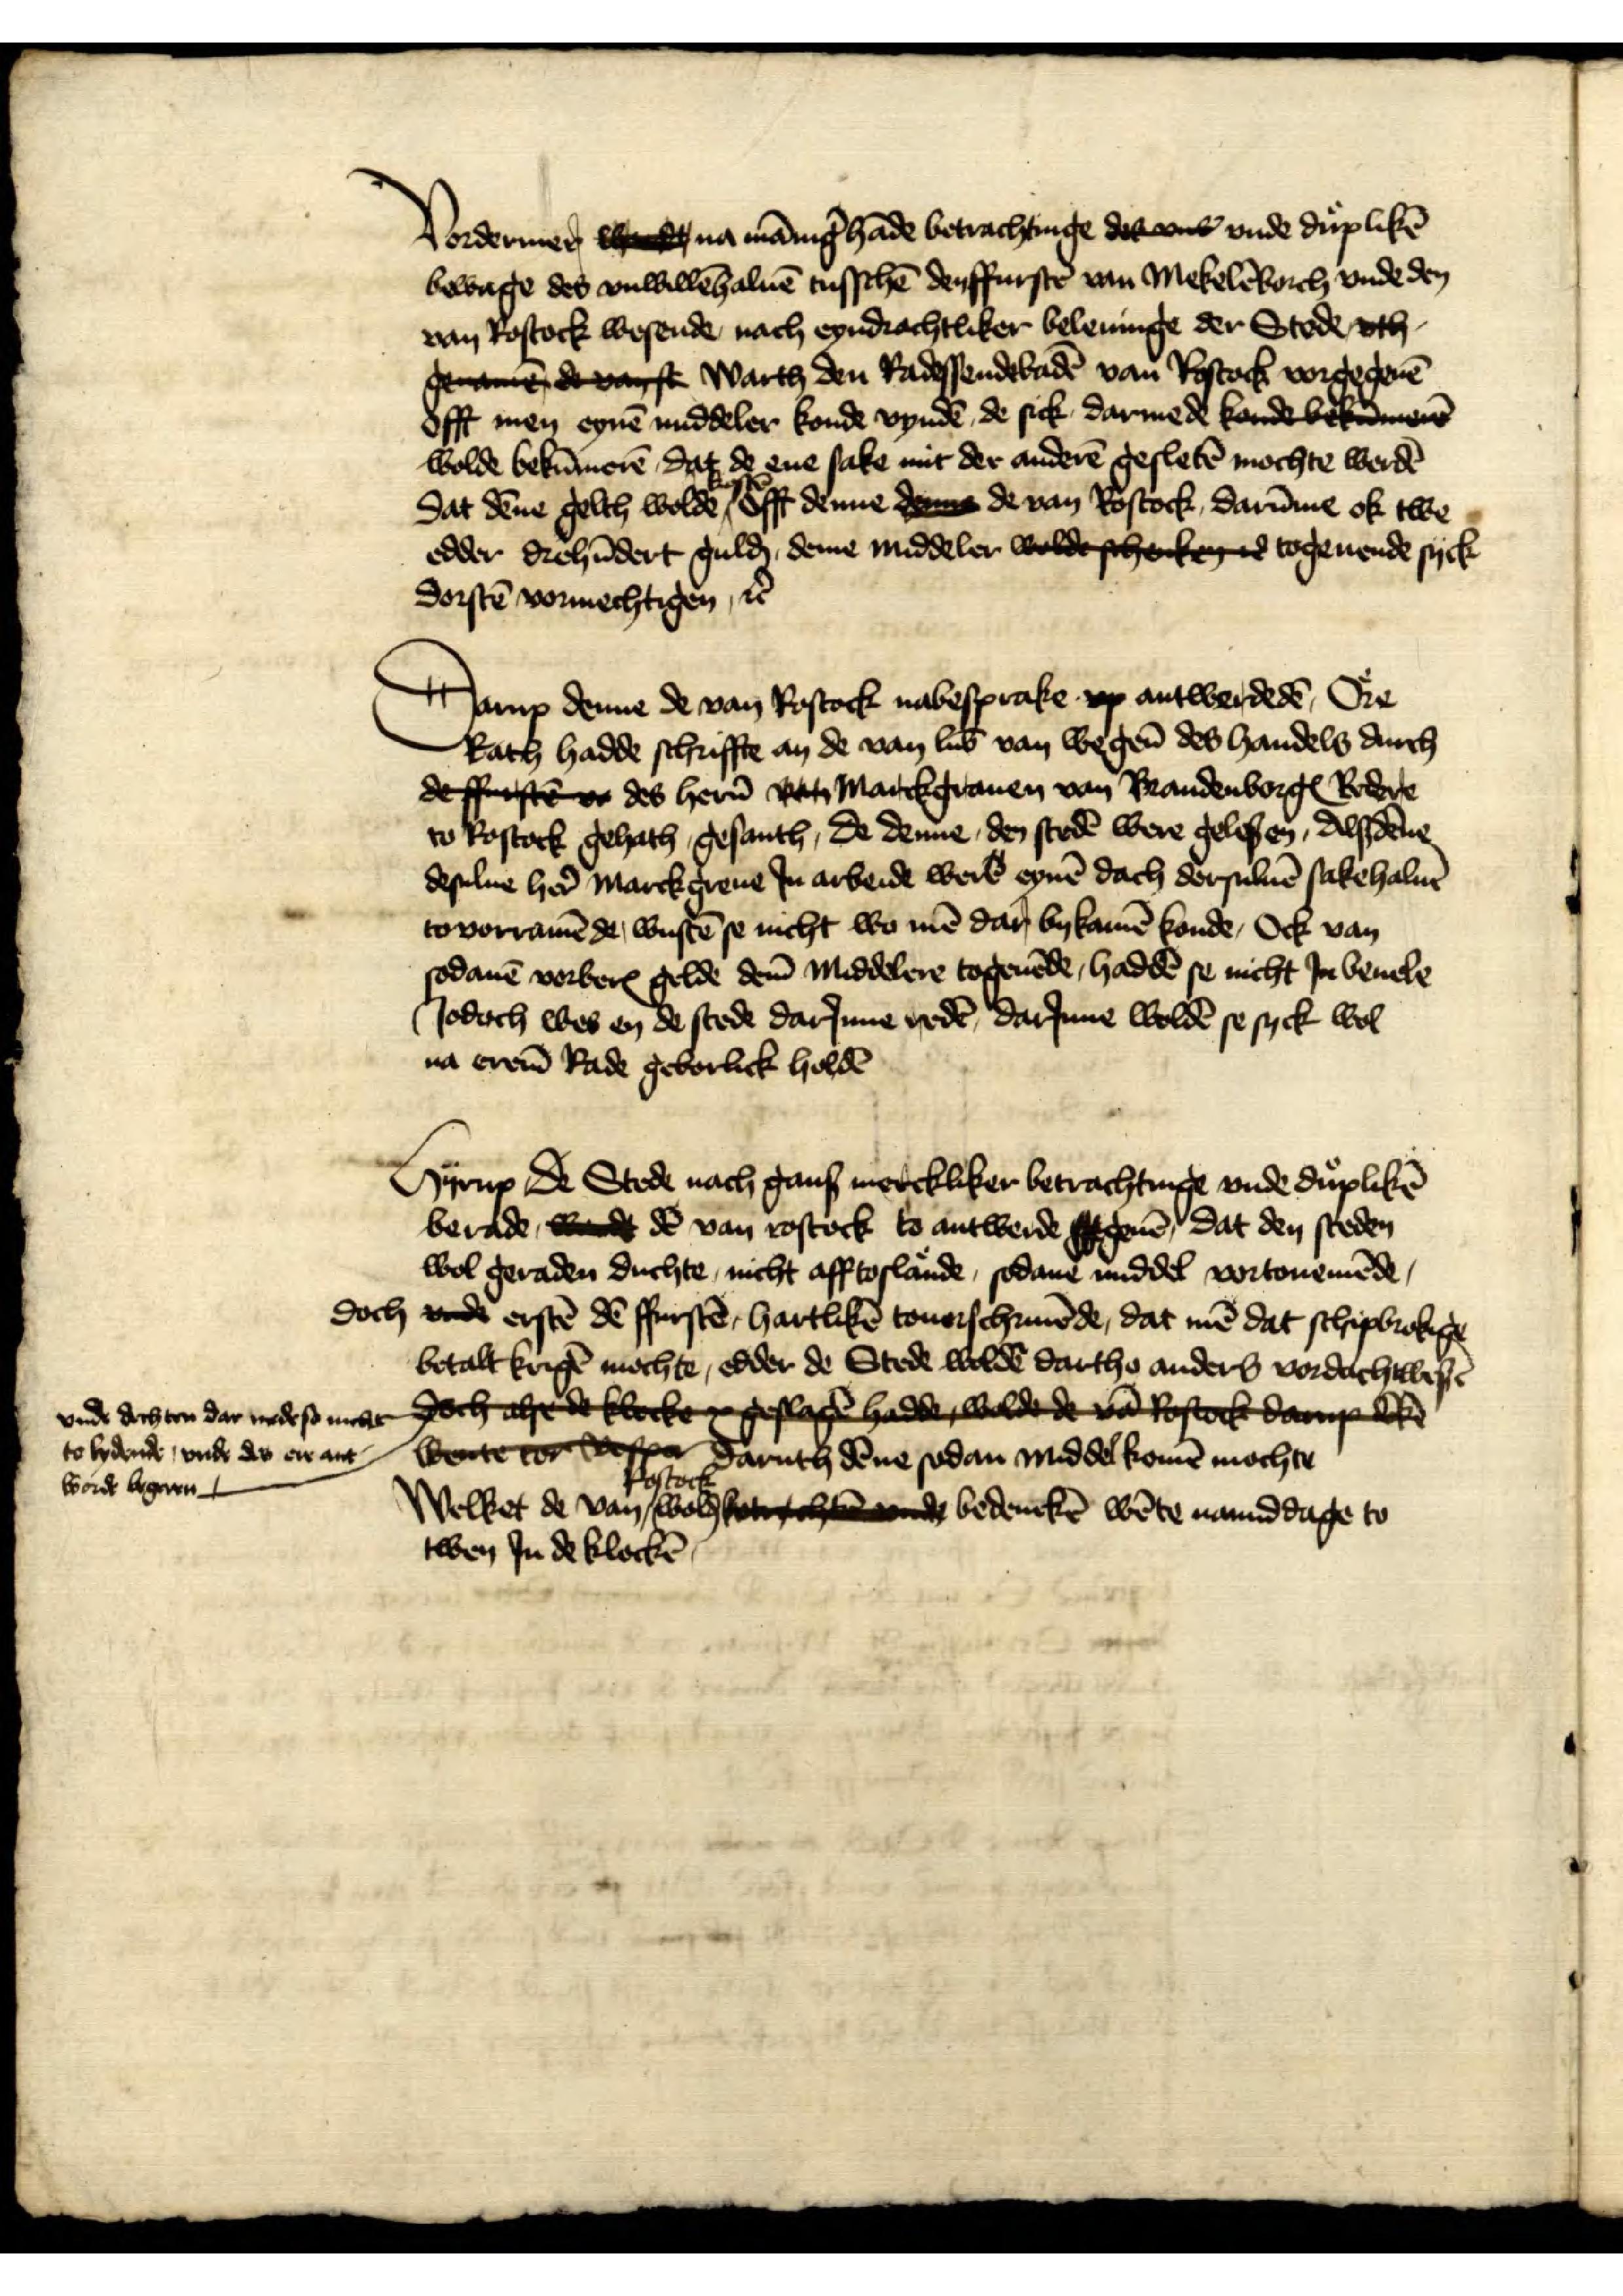
Vordermer wardt na mānig̉hāde betrachtinge dek  vnde  vnde duplikē
bewage des vnwillēhaluē tusschē den ffurstē van Mekelēborch vnde den
van Rostock wesende, nach eyndrachtliker beleringe der Stede vth
dee deuft Warth den Radessendebadē van Rostock vorgegeuē
offt men eynē middeler konde vyndē, de sick darmede konde bekemee
wolde bekūmerē, dat de ene sake mit der anderē gesletē mochte werdē
Dat dēne gelth wolde kostē, offt denne det de van Rostock, darūme ok twe
edder drehūdert gulḑ, deme middeler wolde schokee togeuende syck
dorstē vormechtigen, et̉

Darup denne de van Rostock nabesprake op antwerdedē, Ore
Rath hadde schriffte an de van Lub̄ van wegen̄ des handels durch
deffuftor des her̉n vt Marckgrauen van BrandenborgꝬ Redere
to Rostock gehath, gesanth, de denne den stedē were gelesen, Alsdēne
desulue her̄ Marckgreue Jn arbeide were eynē dach dersuluē sakehaluē
tovorramēde, wustē se nicht wo mē dar bykamē konde, Ock van
sodanē vorberꝬ gelde dem̄ Middelere togeuēde, haddē se nicht Jn beuele
Jodoch wes en de stede darJnne redē, darJnne wolden se syck wol
na erem̄ Rade geborlick holdē

Hyrup De Stede nach gans merckliker betrachtinge vnde duplikē
berade, bodt dē van Rostock to antwerde g geuē Dat den steden
wol geraden duchte, nicht afftoslaͤnde, sodane middel vortonemēde,
doch vnde erstē de ffurstē, hartlikē touerschriuēde, dat mē dat schipbrokige
betalt krigē mochte, edder de Stede woldē dartho anders vordachtwesē
doch aeck geslog hae dde  ost da ke
vnde dechten dar mede se nicht
to lydende, vnde des ere ant¬
word begeren
bente toepte  Daruth dēne sodan middel komē mochte
Welket de van Rostock wolḑ bedenckē wēte namiddage to
twen Jn de klockē